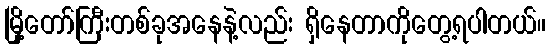
မြို့တော်ကြီးတစ်ခုအနေနဲ့လည်း ရှိနေတာကိုတွေ့ရပါတယ်။